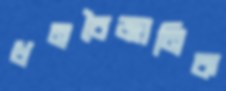
ধনবৈজ্ঞানিক